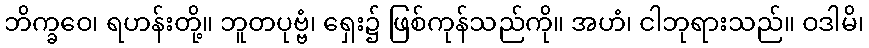
ဘိက္ခဝေ၊ ရဟန်းတို့။ ဘူတပုဗ္ဗံ၊ ရှေး၌ ဖြစ်ကုန်သည်ကို။ အဟံ၊ ငါဘုရားသည်။ ဝဒါမိ၊